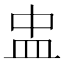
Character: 盅